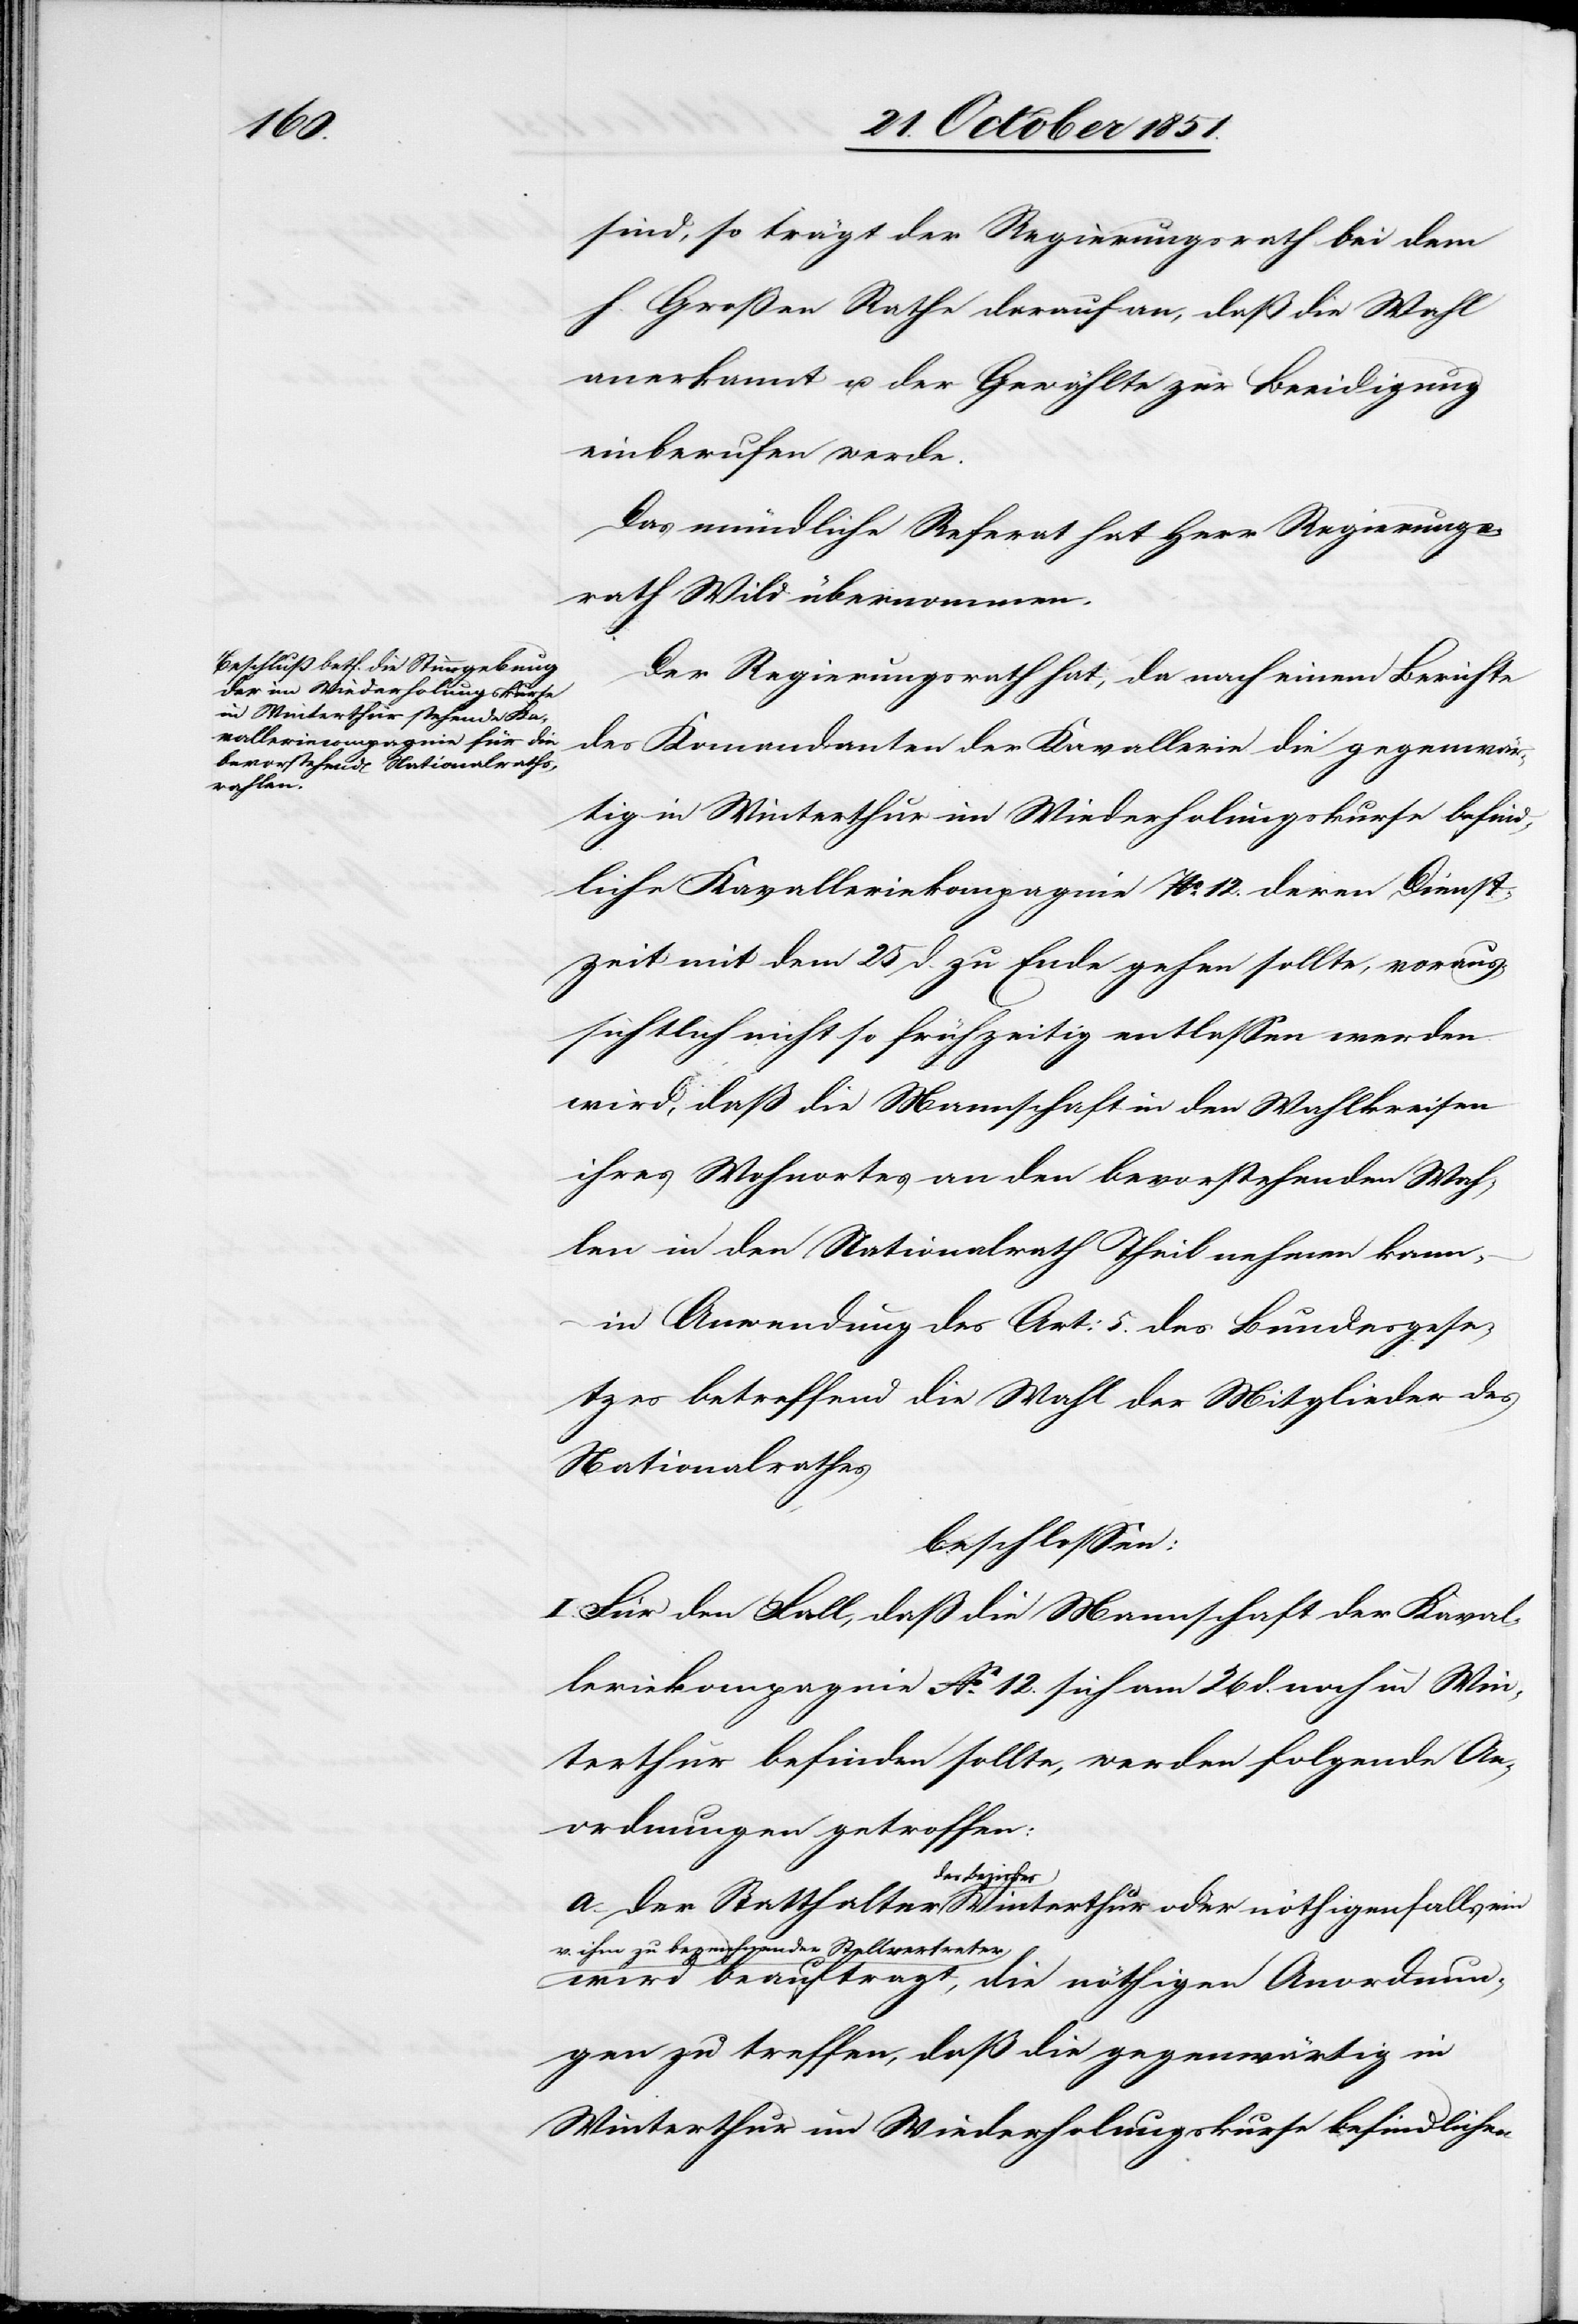
sind, so trägt der Regierungsrath bei dem
h. Großen Rathe darauf an, daß die Wahl
anerkannt u. der Gewählte zur Beeidigung
einberufen werde.
Das mündliche Referat hat Herr Regierungs¬
rath Wild übernommen.
Der Regierungsrath hat, da nach einem Berichte
des Kom[m]andanten der Kavallerie die gegenwär¬
tig in Winterthur im Wiederholungskurse befind¬
liche Kavalleriekompagnie No. 12. deren Dienst¬
zeit mit dem 25 d. zu Ende gehen sollte, voraus¬
sichtlich nicht so frühzeitig entlassen werden
wird, daß die Mannschaft in den Wahlkreisen
ihres Wohnortes an den bevorstehenden Wah¬
len in den Nationalrath Theil nehmen kann,
in Anwendung des Art: 5. des Bundesgese¬
tzes betreffend die Wahl der Mitglieder des
Nationalrathes
beschlossen:
I. Für den Fall, daß die Mannschaft der Kaval¬
leriekompagnie No. 12. sich am 26 d. noch in Win¬
terthur befinden sollte, werden folgende An¬
ordnungen getroffen:
Winterthur
v. ihm zu bezeichnender Stellvertreter
wird beauftragt, die nöthigen Anordnun¬
gen zu treffen, daß die gegenwärtig in
Winterthur im Wiederholungskurse befindlichen